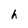
Character: h